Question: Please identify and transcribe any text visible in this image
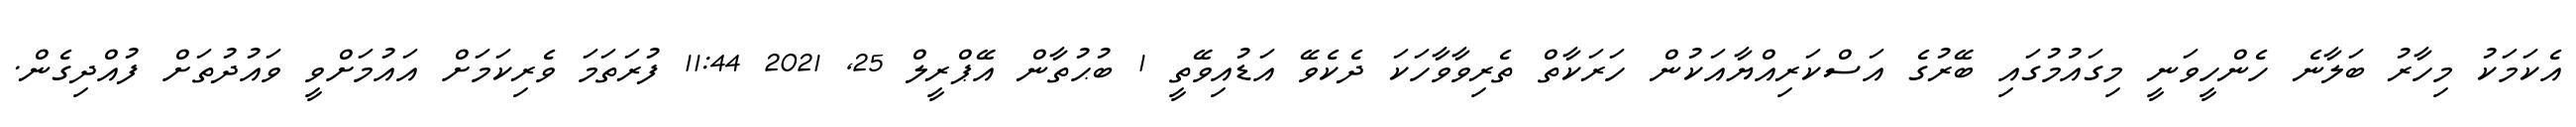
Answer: އެކަމަކު މިހާރު ބަލާނެ ހެންހީވަނީ މިގައުމުގައި ބޭރުގެ އަސްކަރިއްޔާއަކުން ހަރަކާތް ތެރިވާވާހަކަ ދެކެވޭ އަޑުއިވޭތީ 1 ބުޙުތާން އޭޕްރީލް 25, 2021 11:44 ފުރަތަމަ ވެރިކަމަށް އައުމަށްވީ ވައުދުތަށް ފުއްދިގެން.